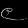
Digit: ၉